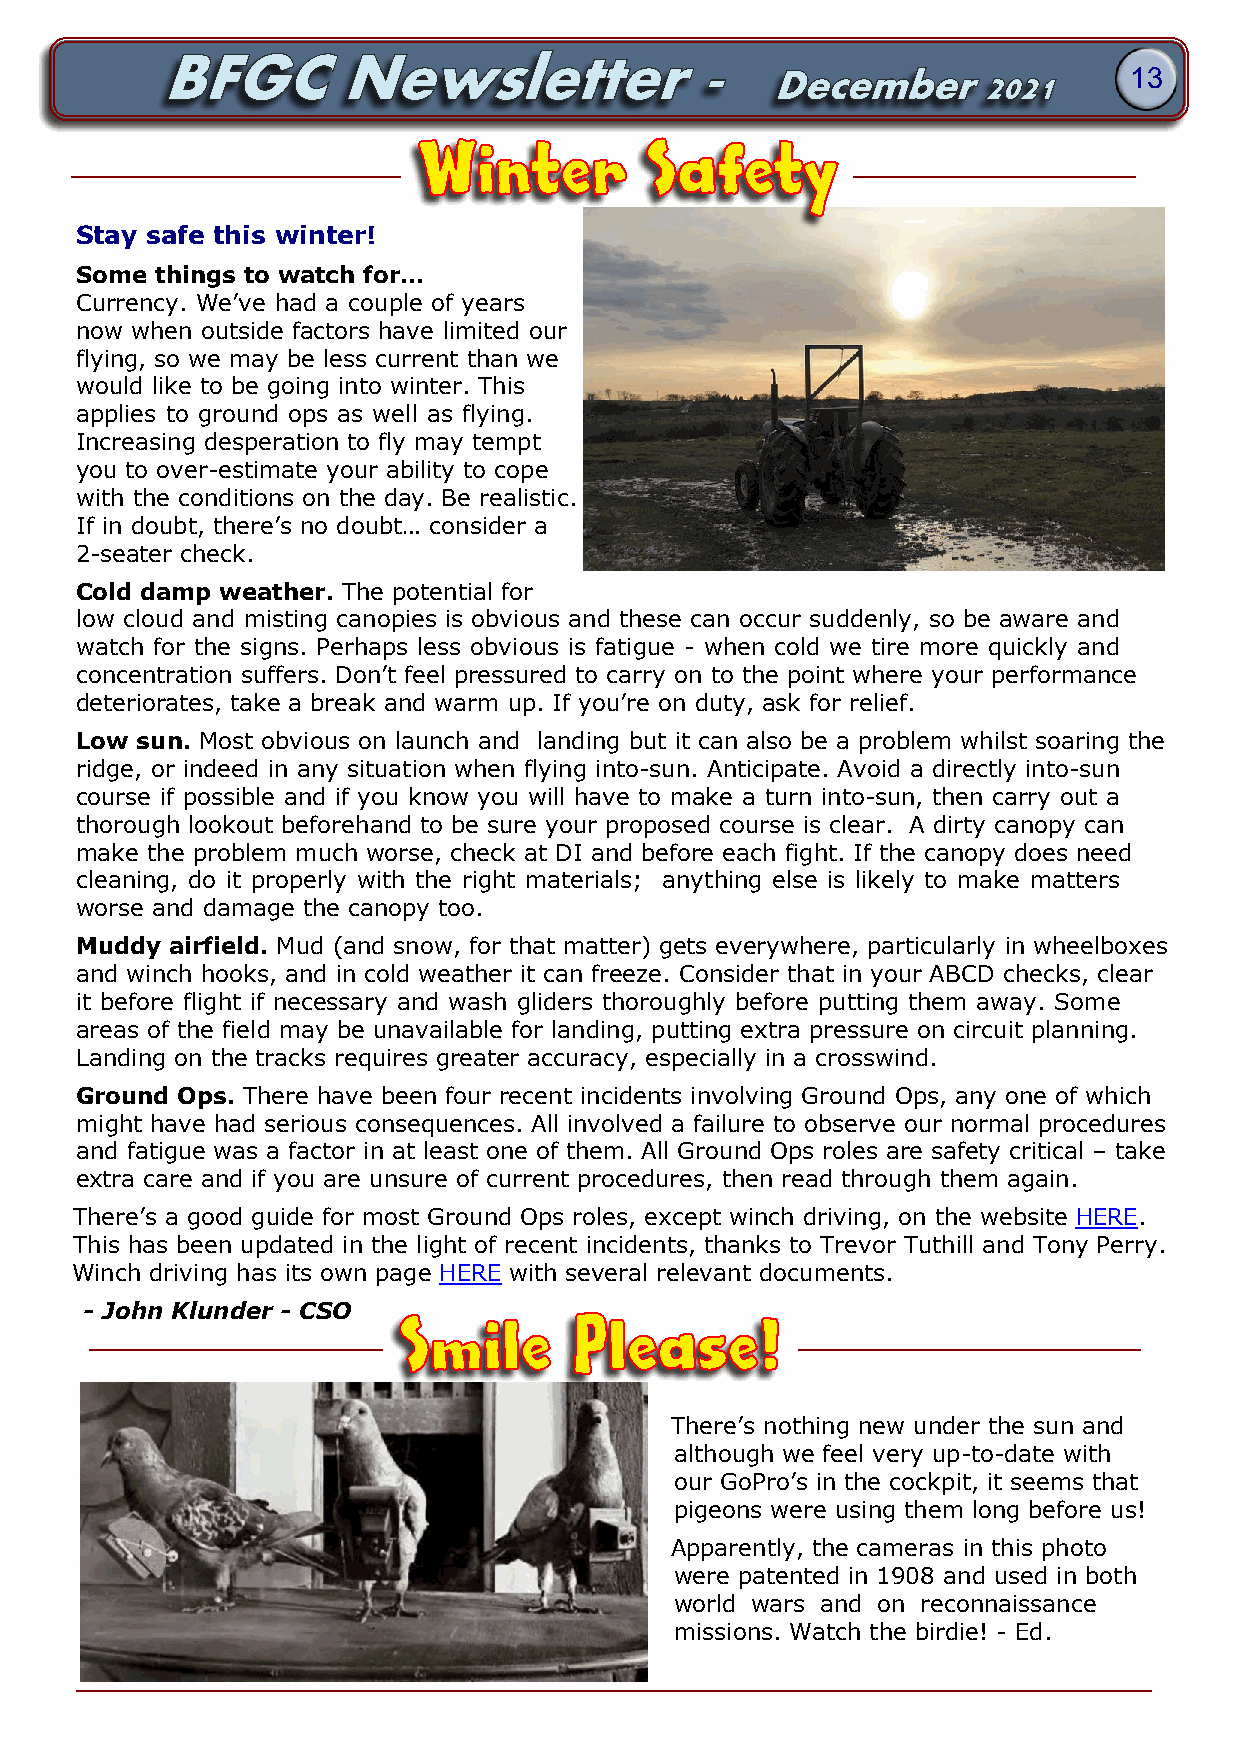
13
 Winter         Safety
 Stay safe this winter!
 Some things to watch for…
 Currency. We’ve had a couple of years
 now when outside factors have limited our
 flying, so we may be less current than we
 would like to be going into winter. This
 applies to ground ops as well as flying.
 Increasing desperation to fly may tempt
 you to over-estimate your ability to cope
 with the conditions on the day. Be realistic.
 If in doubt, there’s no doubt… consider a
 2-seater check.
 Cold damp weather. The potential for
 low cloud and misting canopies is obvious and these can occur suddenly, so be aware and
 watch for the signs. Perhaps less obvious is fatigue - when cold we tire more quickly and
 concentration suffers. Don’t feel pressured to carry on to the point where your performance
 deteriorates, take a break and warm up. If you’re on duty, ask for relief.
 Low sun. Most obvious on launch and landing but it can also be a problem whilst soaring the
 ridge, or indeed in any situation when flying into-sun. Anticipate. Avoid a directly into-sun
 course if possible and if you know you will have to make a turn into-sun, then carry out a
 thorough lookout beforehand to be sure your proposed course is clear. A dirty canopy can
 make the problem much worse, check at DI and before each fight. If the canopy does need
 cleaning, do it properly with the right materials; anything else is likely to make matters
 worse and damage the canopy too.
 Muddy airfield. Mud (and snow, for that matter) gets everywhere, particularly in wheelboxes
 and winch hooks, and in cold weather it can freeze. Consider that in your ABCD checks, clear
 it before flight if necessary and wash gliders thoroughly before putting them away. Some
 areas of the field may be unavailable for landing, putting extra pressure on circuit planning.
 Landing on the tracks requires greater accuracy, especially in a crosswind.
 Ground Ops. There have been four recent incidents involving Ground Ops, any one of which
 might have had serious consequences. All involved a failure to observe our normal procedures
 and fatigue was a factor in at least one of them. All Ground Ops roles are safety critical – take
 extra care and if you are unsure of current procedures, then read through them again.
 There’s a good guide for most Ground Ops roles, except winch driving, on the website HERE.
 This has been updated in the light of recent incidents, thanks to Trevor Tuthill and Tony Perry.
 Winch driving has its own page HERE with several relevant documents.
 - John Klunder - CSO
 Smile       Please!
 There’s nothing new under the sun and
 although we feel very up-to-date with
 our GoPro’s in the cockpit, it seems that
 pigeons were using them long before us!
 Apparently, the cameras in this photo
 were patented in 1908 and used in both
 world wars and on reconnaissance
 missions. Watch the birdie! - Ed.